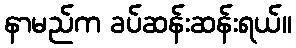
နာမည်က ခပ်ဆန်းဆန်းရယ်။